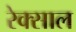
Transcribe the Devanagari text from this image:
रेक्साल